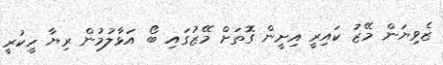
ޒެވިޔަން މޭޒު ކައިރީ އިށީން ގޮތަށް މޭޒުގައި ބޯ އަޅާލުމުން ރިޔާ ހީކުރީ